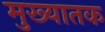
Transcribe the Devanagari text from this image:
मुख्यातक